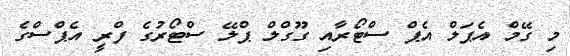
މި ގޭމް އެޕަލް އެޕް ސްޓޯރާއި ގޫގްލް ޕްލޭ ސްޓޯރުގެ ފްރީ އެޕްސްގެ